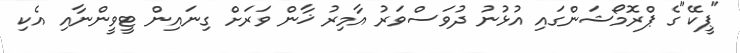
"ޕީކޭ"ގެ ޕްރޮމޯޝަންގައި އުޅުނު ދުވަސްވަރު އާމިރު ޚާން ވަރަށް ގިނައިން ޓީވީންނާއި އެކި